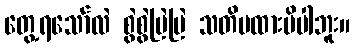
တွေ့ရသော်လဲ စွဲစွဲမြဲမြဲ သတိမထားမိပါဘူး။